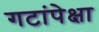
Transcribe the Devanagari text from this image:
गटांपेक्षा